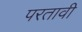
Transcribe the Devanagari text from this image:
परतावी